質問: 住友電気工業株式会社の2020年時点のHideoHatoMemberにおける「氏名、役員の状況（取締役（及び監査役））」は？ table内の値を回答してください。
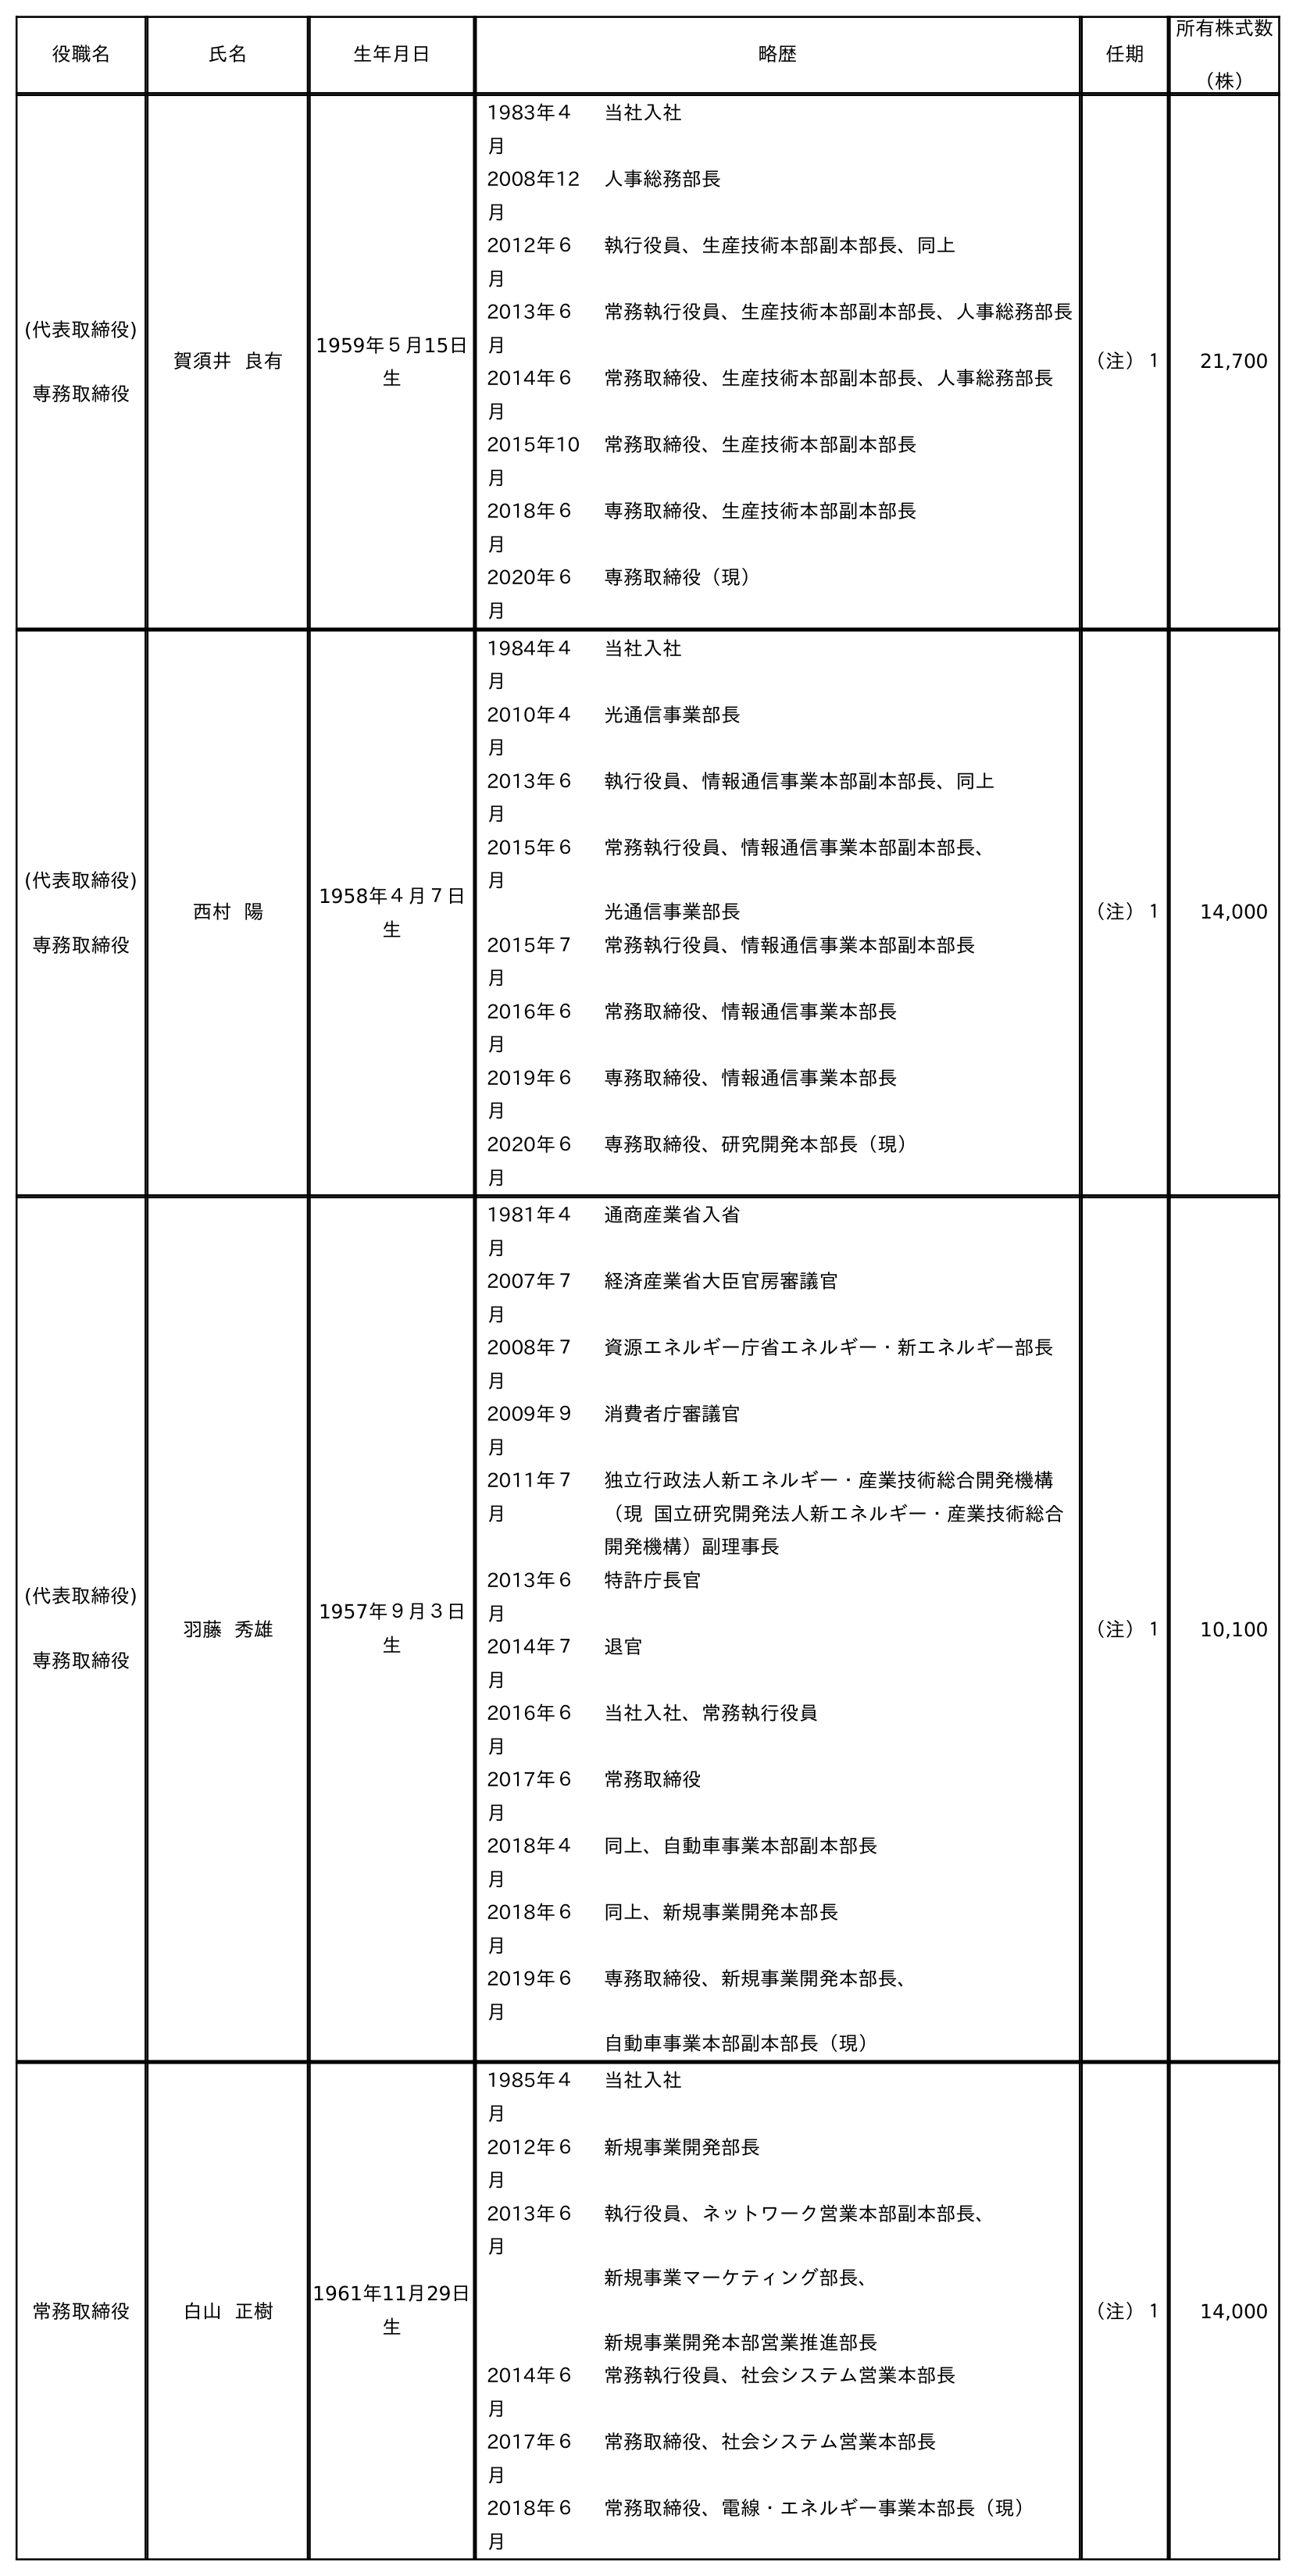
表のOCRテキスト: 役職名 氏名 生年月日 略歴 任期 所有株式数 （株） (代表取締役) 専務取締役 賀須井 良有 1959年５月15日 生 1983年４ 月 当社入社 2008年12 月 人事総務部長 2012年６ 月 執行役員、生産技術本部副本部長、同上 2013年６ 月 常務執行役員、生産技術本部副本部長、人事総務部長 2014年６ 月 常務取締役、生産技術本部副本部長、人事総務部長 2015年10 月 常務取締役、生産技術本部副本部長 2018年６ 月 専務取締役、生産技術本部副本部長 2020年６ 月 専務取締役（現） （注）１ 21,700 (代表取締役) 専務取締役 西村 陽 1958年４月７日 生 1984年４ 月 当社入社 2010年４ 月 光通信事業部長 2013年６ 月 執行役員、情報通信事業本部副本部長、同上 2015年６ 月 常務執行役員、情報通信事業本部副本部長、 光通信事業部長 2015年７ 月 常務執行役員、情報通信事業本部副本部長 2016年６ 月 常務取締役、情報通信事業本部長 2019年６ 月 専務取締役、情報通信事業本部長 2020年６ 月 専務取締役、研究開発本部長（現） （注）１ 14,000 (代表取締役) 専務取締役 羽藤 秀雄 1957年９月３日 生 1981年４ 月 通商産業省入省 2007年７ 月 経済産業省大臣官房審議官 2008年７ 月 資源エネルギー庁省エネルギー・新エネルギー部長 2009年９ 月 消費者庁審議官 2011年７ 月 独立行政法人新エネルギー・産業技術総合開発機構 （現 国立研究開発法人新エネルギー・産業技術総合 開発機構）副理事長 2013年６ 月 特許庁長官 2014年７ 月 退官 2016年６ 月 当社入社、常務執行役員 2017年６ 月 常務取締役 2018年４ 月 同上、自動車事業本部副本部長 2018年６ 月 同上、新規事業開発本部長 2019年６ 月 専務取締役、新規事業開発本部長、 自動車事業本部副本部長（現） （注）１ 10,100 常務取締役 白山 正樹 1961年11月29日 生 1985年４ 月 当社入社 2012年６ 月 新規事業開発部長 2013年６ 月 執行役員、ネットワーク営業本部副本部長、 新規事業マーケティング部長、 新規事業開発本部営業推進部長 2014年６ 月 常務執行役員、社会システム営業本部長 2017年６ 月 常務取締役、社会システム営業本部長 2018年６ 月 常務取締役、電線・エネルギー事業本部長（現） （注）１ 14,000
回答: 羽藤秀雄